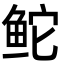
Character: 𬶍